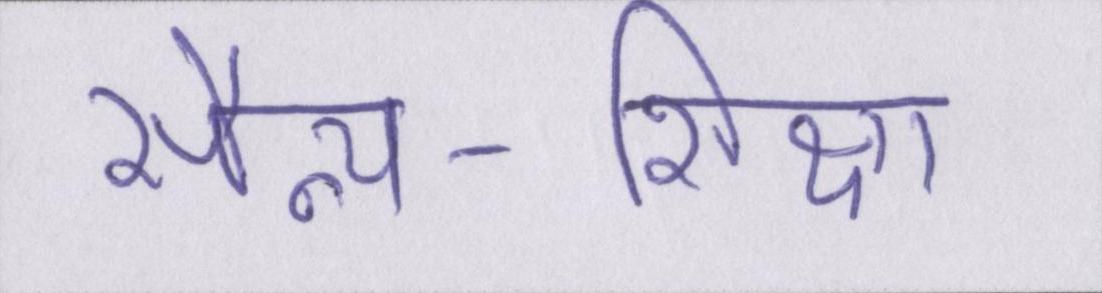
सैन्य-शिक्षा